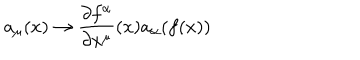
LaTeX: a _ { \mu } ( x ) \to \frac { \partial f ^ { \alpha } } { \partial x ^ { \mu } } ( x ) a _ { \alpha } ( f ( x ) )